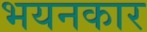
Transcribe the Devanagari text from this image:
भयनकार